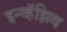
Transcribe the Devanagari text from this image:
इन्व्हॅझिव